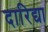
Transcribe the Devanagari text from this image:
दारिद्या